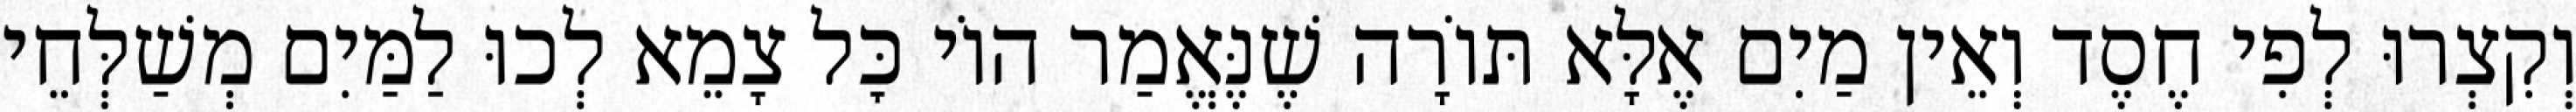
וְקִצְרוּ לְפִי חֶסֶד וְאֵין מַיִם אֶלָּא תּוֹרָה שֶׁנֶּאֱמַר הוֹי כׇּל צָמֵא לְכוּ לַמַּיִם מְשַׁלְּחֵי